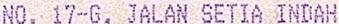
NO. 17-G, JALAN SETIA INDAH